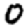
Digit: 0